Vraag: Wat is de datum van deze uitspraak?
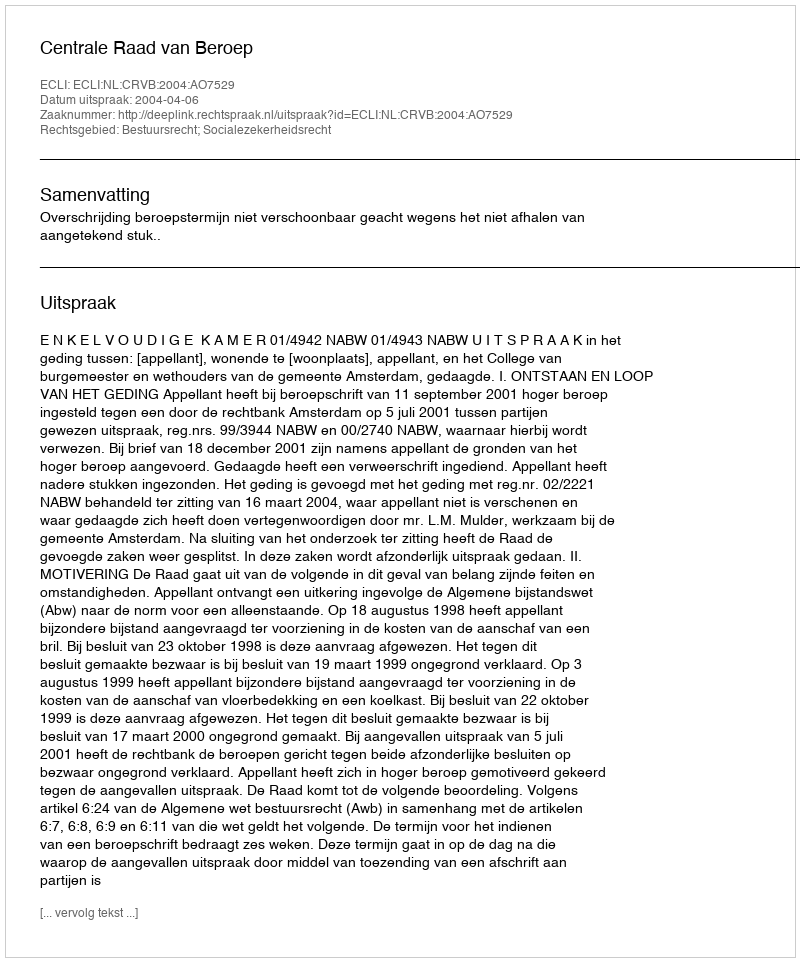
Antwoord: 2004-04-06